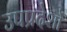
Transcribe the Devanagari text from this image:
उपप्रदेशों